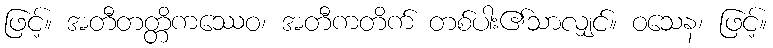
ဖြင့်။ အတီတတ္တိကဿေဝ၊ အတီကတိက် တစ်ပါး၏သာလျှင်။ ဝသေန၊ ဖြင့်။